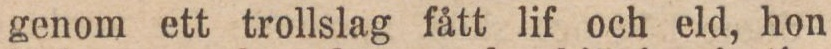
genom ett trollslag fått lif och eld, hon